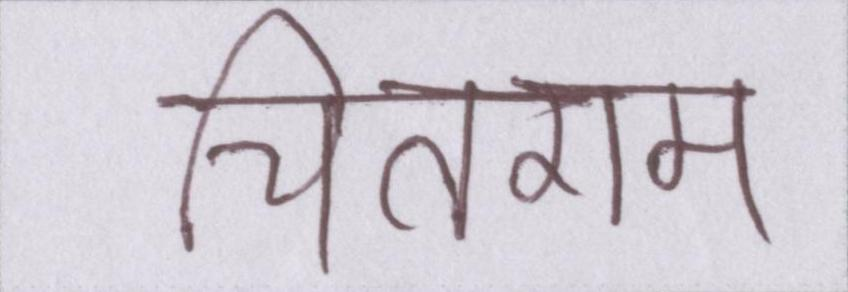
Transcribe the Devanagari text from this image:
चितराम